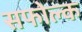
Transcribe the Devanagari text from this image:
सफोल्क